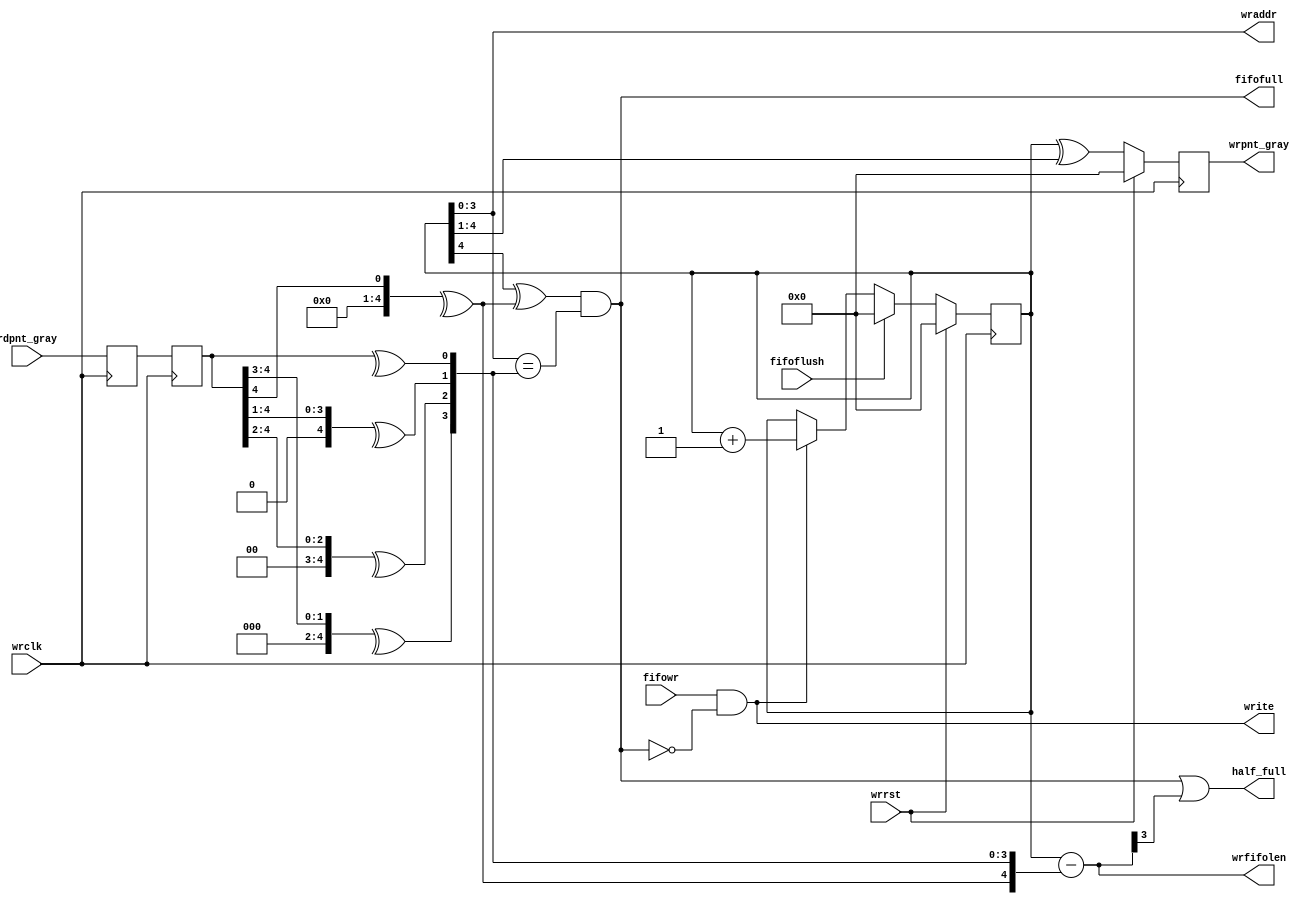
module convclk_grayffwr
    (
     wrclk,
     wrrst,

     fifowr,
     fifoflush,
     fifofull,
     half_full,
     wrfifolen,
     wrpnt_gray,     //use to synchronize @ rdclk
     
     write,
     wraddr,

     // Read pointer @ rdclk
     rdpnt_gray
     );

////////////////////////////////////////////////////////////////////////////////
// Parameter declarations
parameter   ADDRB = 4;
parameter   FSHW = 2;  //normal = 2, improve timing = 3 

////////////////////////////////////////////////////////////////////////////////
// Port declarations
input               wrclk;
input               wrrst;

input               fifowr;
input               fifoflush;
output              fifofull;
output              half_full;  // for detailed internal status
output [ADDRB:0]    wrfifolen;  // for detailed internal status
output [ADDRB:0]    wrpnt_gray;

output              write;
output [ADDRB-1:0]  wraddr;

input [ADDRB:0]     rdpnt_gray;

////////////////////////////////////////////////////////////////////////////////
// Output declarations


////////////////////////////////////////////////////////////////////////////////
// Local logic and instantiation

//synchronize read pointer
reg [ADDRB:0]       rdpnt_gray1= {(ADDRB+1){1'b0}};
reg [ADDRB:0]       rdpnt_gray2= {(ADDRB+1){1'b0}};
//always @ ( posedge wrclk or negedge wrrst_ )
always @ ( posedge wrclk )
    //if(wrrst)
    //    begin
    //    rdpnt_gray1  <= {(ADDRB+1){1'b0}};
    //    rdpnt_gray2  <= {(ADDRB+1){1'b0}};
    //    end
    //else
        begin
        rdpnt_gray1  <= rdpnt_gray;
        rdpnt_gray2  <= rdpnt_gray1;      
        end

reg [ADDRB:0] rdpnt_bin= {(ADDRB+1){1'b0}};    //read pointer after decode Gray code
reg [ADDRB:0] rdpnt_bin_n= {(ADDRB+1){1'b0}};    //read pointer after decode Gray code
integer       i;
always @ (rdpnt_gray2)  for (i=0;i<(ADDRB+1);i=i+1) rdpnt_bin_n[i] = ^(rdpnt_gray2[ADDRB:0]>>i);
generate
    begin
    if (FSHW == 2)
        begin: inst_2clkpp
        always @ (rdpnt_bin_n) rdpnt_bin = rdpnt_bin_n;
        end
    else
        begin : inst_3clkpp
        always @ (posedge wrclk)    rdpnt_bin <= rdpnt_bin_n;
        end
    end
endgenerate

//--------------------------------------------------
reg     [ADDRB:0]   wrpnt_bin= {(ADDRB+1){1'b0}};

//
wire                fifofull;
assign              fifofull    = (wrpnt_bin[ADDRB]^rdpnt_bin[ADDRB]) &
                                  (wrpnt_bin[ADDRB-1:0] == rdpnt_bin[ADDRB-1:0]);

wire [ADDRB:0]      sublen;
assign              sublen      = wrpnt_bin[ADDRB:0] - rdpnt_bin[ADDRB:0];

wire                half_full;
assign              half_full   = fifofull | sublen[ADDRB-1];

wire [ADDRB:0]      wrfifolen;
assign              wrfifolen   = sublen;

wire                write;
assign              write       = fifowr & (~fifofull);

wire [ADDRB-1:0]    wraddr;
assign              wraddr      = wrpnt_bin[ADDRB-1:0];

//always @ ( posedge wrclk or negedge wrrst_ )
always @ ( posedge wrclk)
    if(wrrst)
        begin
        wrpnt_bin   <= {(ADDRB+1){1'b0}};
        end
    else
        begin
        if (fifoflush) wrpnt_bin <= {(ADDRB+1){1'b0}};
        else if (write) wrpnt_bin <= wrpnt_bin + 1'b1;      
        end

// Change wrcnt into gray code (so that only 1 bit change per posedge wclk)
// Ex: G_wrcnt[1:0] = 00 | 01 | 11 | 10

reg [ADDRB:0]       wrpnt_gray= {(ADDRB+1){1'b0}}; //Gray Encode
//always @ ( posedge wrclk or negedge wrrst_ )
always @ ( posedge wrclk )
    if(wrrst)
        begin
        wrpnt_gray   <= {(ADDRB+1){1'b0}};
        end
    else
        begin
        wrpnt_gray  <= wrpnt_bin ^ {1'b0,wrpnt_bin[ADDRB:1]};
        end


endmodule